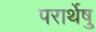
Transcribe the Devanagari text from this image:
परार्थेषु